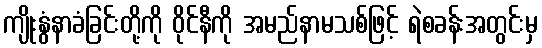
ကျိုးနွံနာခံခြင်းတို့ကို ဝိုင်နီကို အမည်နာမသစ်ဖြင့် ရဲစခန်းအတွင်းမှ